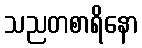
သညတစာရိနော